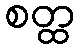
စတ္ထ